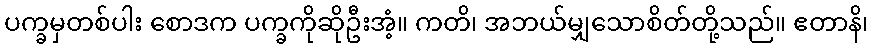
ပက္ခမှတစ်ပါး စောဒက ပက္ခကိုဆိုဦးအံ့။ ကတိ၊ အဘယ်မျှသောစိတ်တို့သည်။ ဧတာနိ၊